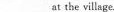
___ at the village.